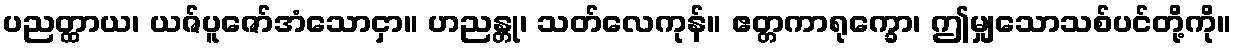
ပညတ္ထာယ၊ ယဇ်ပူဇော်အံသောငှာ။ ဟညန္တု၊ သတ်လေကုန်။ ဧတ္တကာရုက္ခော၊ ဤမျှသောသစ်ပင်တို့ကို။